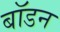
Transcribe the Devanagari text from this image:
बॉडन